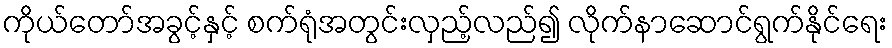
ကိုယ်တော်အခွင့်နှင့် စက်ရုံအတွင်းလှည့်လည်၍ လိုက်နာဆောင်ရွက်နိုင်ရေး